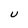
Character: U